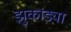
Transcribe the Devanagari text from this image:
झुकांड्या